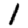
Digit: 1